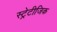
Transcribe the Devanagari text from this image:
स्ट्रेटीजिक